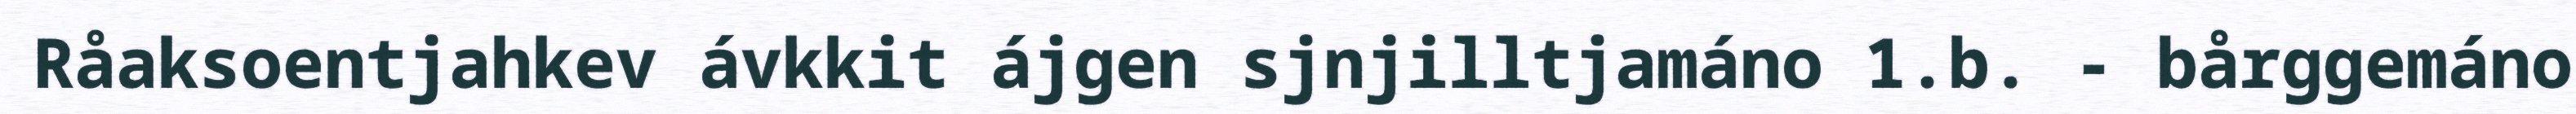
Råaksoentjahkev ávkkit ájgen sjnjilltjamáno 1.b. - bårggemáno